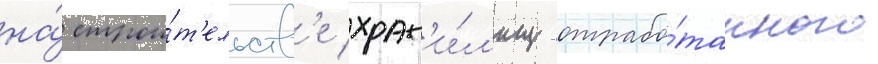
на́ строи́т'ельств'е хран'и́л'ищ отрабо́танного